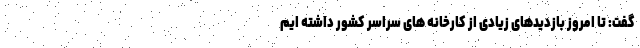
گفت: تا امروز بازدیدهای زیادی از کارخانه های سراسر کشور داشته ایم